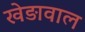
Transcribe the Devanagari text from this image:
खेड़ावाल